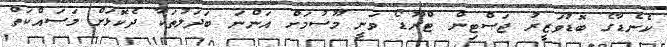
ކެނެޑާގެ ބޮޑުވަޒީރު ޖަސްޓިން ޓްރޫޑޯ ވަނީ މޫސުމަށް އަންނަ ބަދަލުތަކާ ދެކޮޅަށް މަސައްކަތް